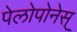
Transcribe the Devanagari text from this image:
पेलोपोनेस्